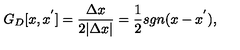
G _ { D } [ x , x ^ { ' } ] = \frac { \Delta x } { 2 \vert \Delta x \vert } = \frac { 1 } { 2 } s g n ( x - x ^ { ' } ) ,